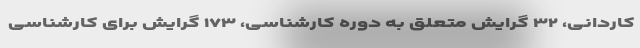
کاردانی، ۳۲ گرایش متعلق به دوره کارشناسی، ۱۷۳ گرایش برای کارشناسی